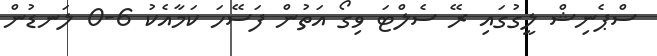
ސްޕެނިޝް ލީގުގައި ރޭ ސެލްޓަ ވިގޯ އަތުން ފަސޭހަ ކަމާއެކު 6-0 ލަނޑުން